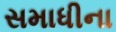
સમાધીના